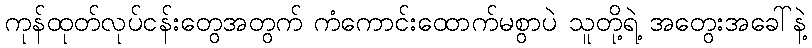
ကုန်ထုတ်လုပ်ငန်းတွေအတွက် ကံကောင်းထောက်မစွာပဲ သူတို့ရဲ့ အတွေးအခေါ်နဲ့